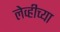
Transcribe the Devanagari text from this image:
लेव्हीच्या